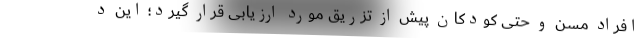
افراد مسن و حتی کودکان پیش از تزریق مورد ارزیابی قرار گیرد؛ این د